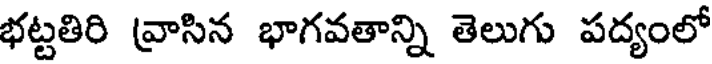
భట్టతిరి వ్రాసిన భాగవతాన్ని తెలుగు పద్యంలో